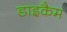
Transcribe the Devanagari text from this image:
डाइकैम